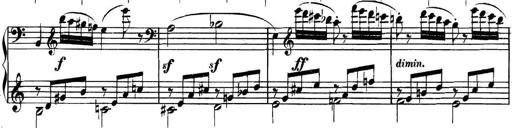
Title: Collected Piano Sonatas
Composer: Muzio Clementi